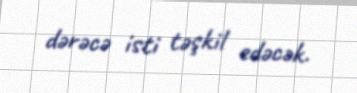
dərəcə isti təşkil edəcək.